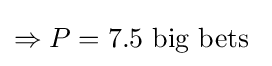
\Rightarrow P=7.5{\mbox{ big bets }}